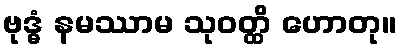
ဗုဒ္ဓံ နမဿာမ သုဝတ္ထိ ဟောတု။